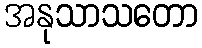
အနုသာသတော